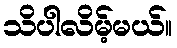
သိပါလိမ့်မယ်။